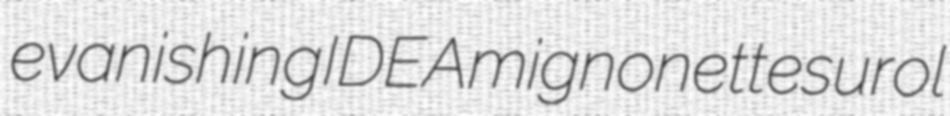
evanishing IDEA mignonettes urol